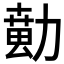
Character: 𱐵